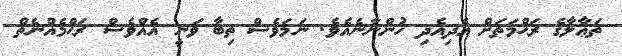
ތަޢާލާގެ ރަޙްމަތަށް އެދިއެދި ހުންނާނެއެވެ. ނަމަވެސް ތިބާ ވަނީ އެއްވެސް ރަޙްމެއްނެތް